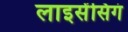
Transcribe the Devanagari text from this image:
लाइसेंसिगं